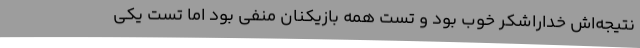
نتیجه‌اش خداراشکر خوب بود و تست همه بازیکنان منفی بود اما تست یکی